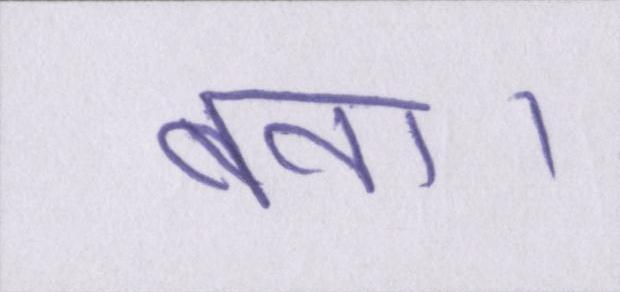
बना।